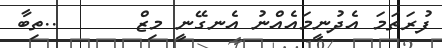
ފުރަތަމަ އެދުނީމައެއްނު އެނގޭނީ މިޒް      ..ތިބާ